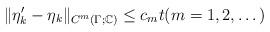
LaTeX: \begin{align*}\|\eta'_k-\eta_k\|_{C^{m}(\Gamma;\mathbb{C})}\le c_m t (m=1,2,\dots)\end{align*}